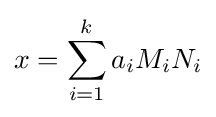
x=\sum _{i=1}^{k}a_{i}M_{i}N_{i}